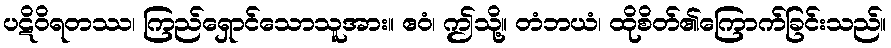
ပဋိဝိရတဿ၊ ကြည်ရှောင်သောသူအား။ ဧဝံ၊ ဤသို့။ တံဘယံ၊ ထိုစိတ်၏ကြောက်ခြင်းသည်။